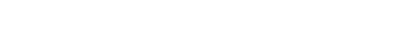
သို့သော် ရှေ့ဖြစ်နိုင်ခြေကို ဆက်မတွေးရဲပေ။